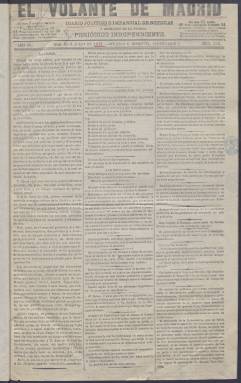
Título: El Volante de Madrid
Colección: Periódicos
Ámbito geográfico: Madrid
Lugar de publicación: Madrid
Fechas: 09/07/1872-26/10/1872